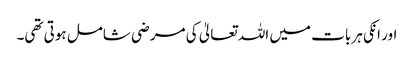
اور انکی ہر بات میں اللہ تعالیٰ کی مرضی شامل ہوتی تھی۔